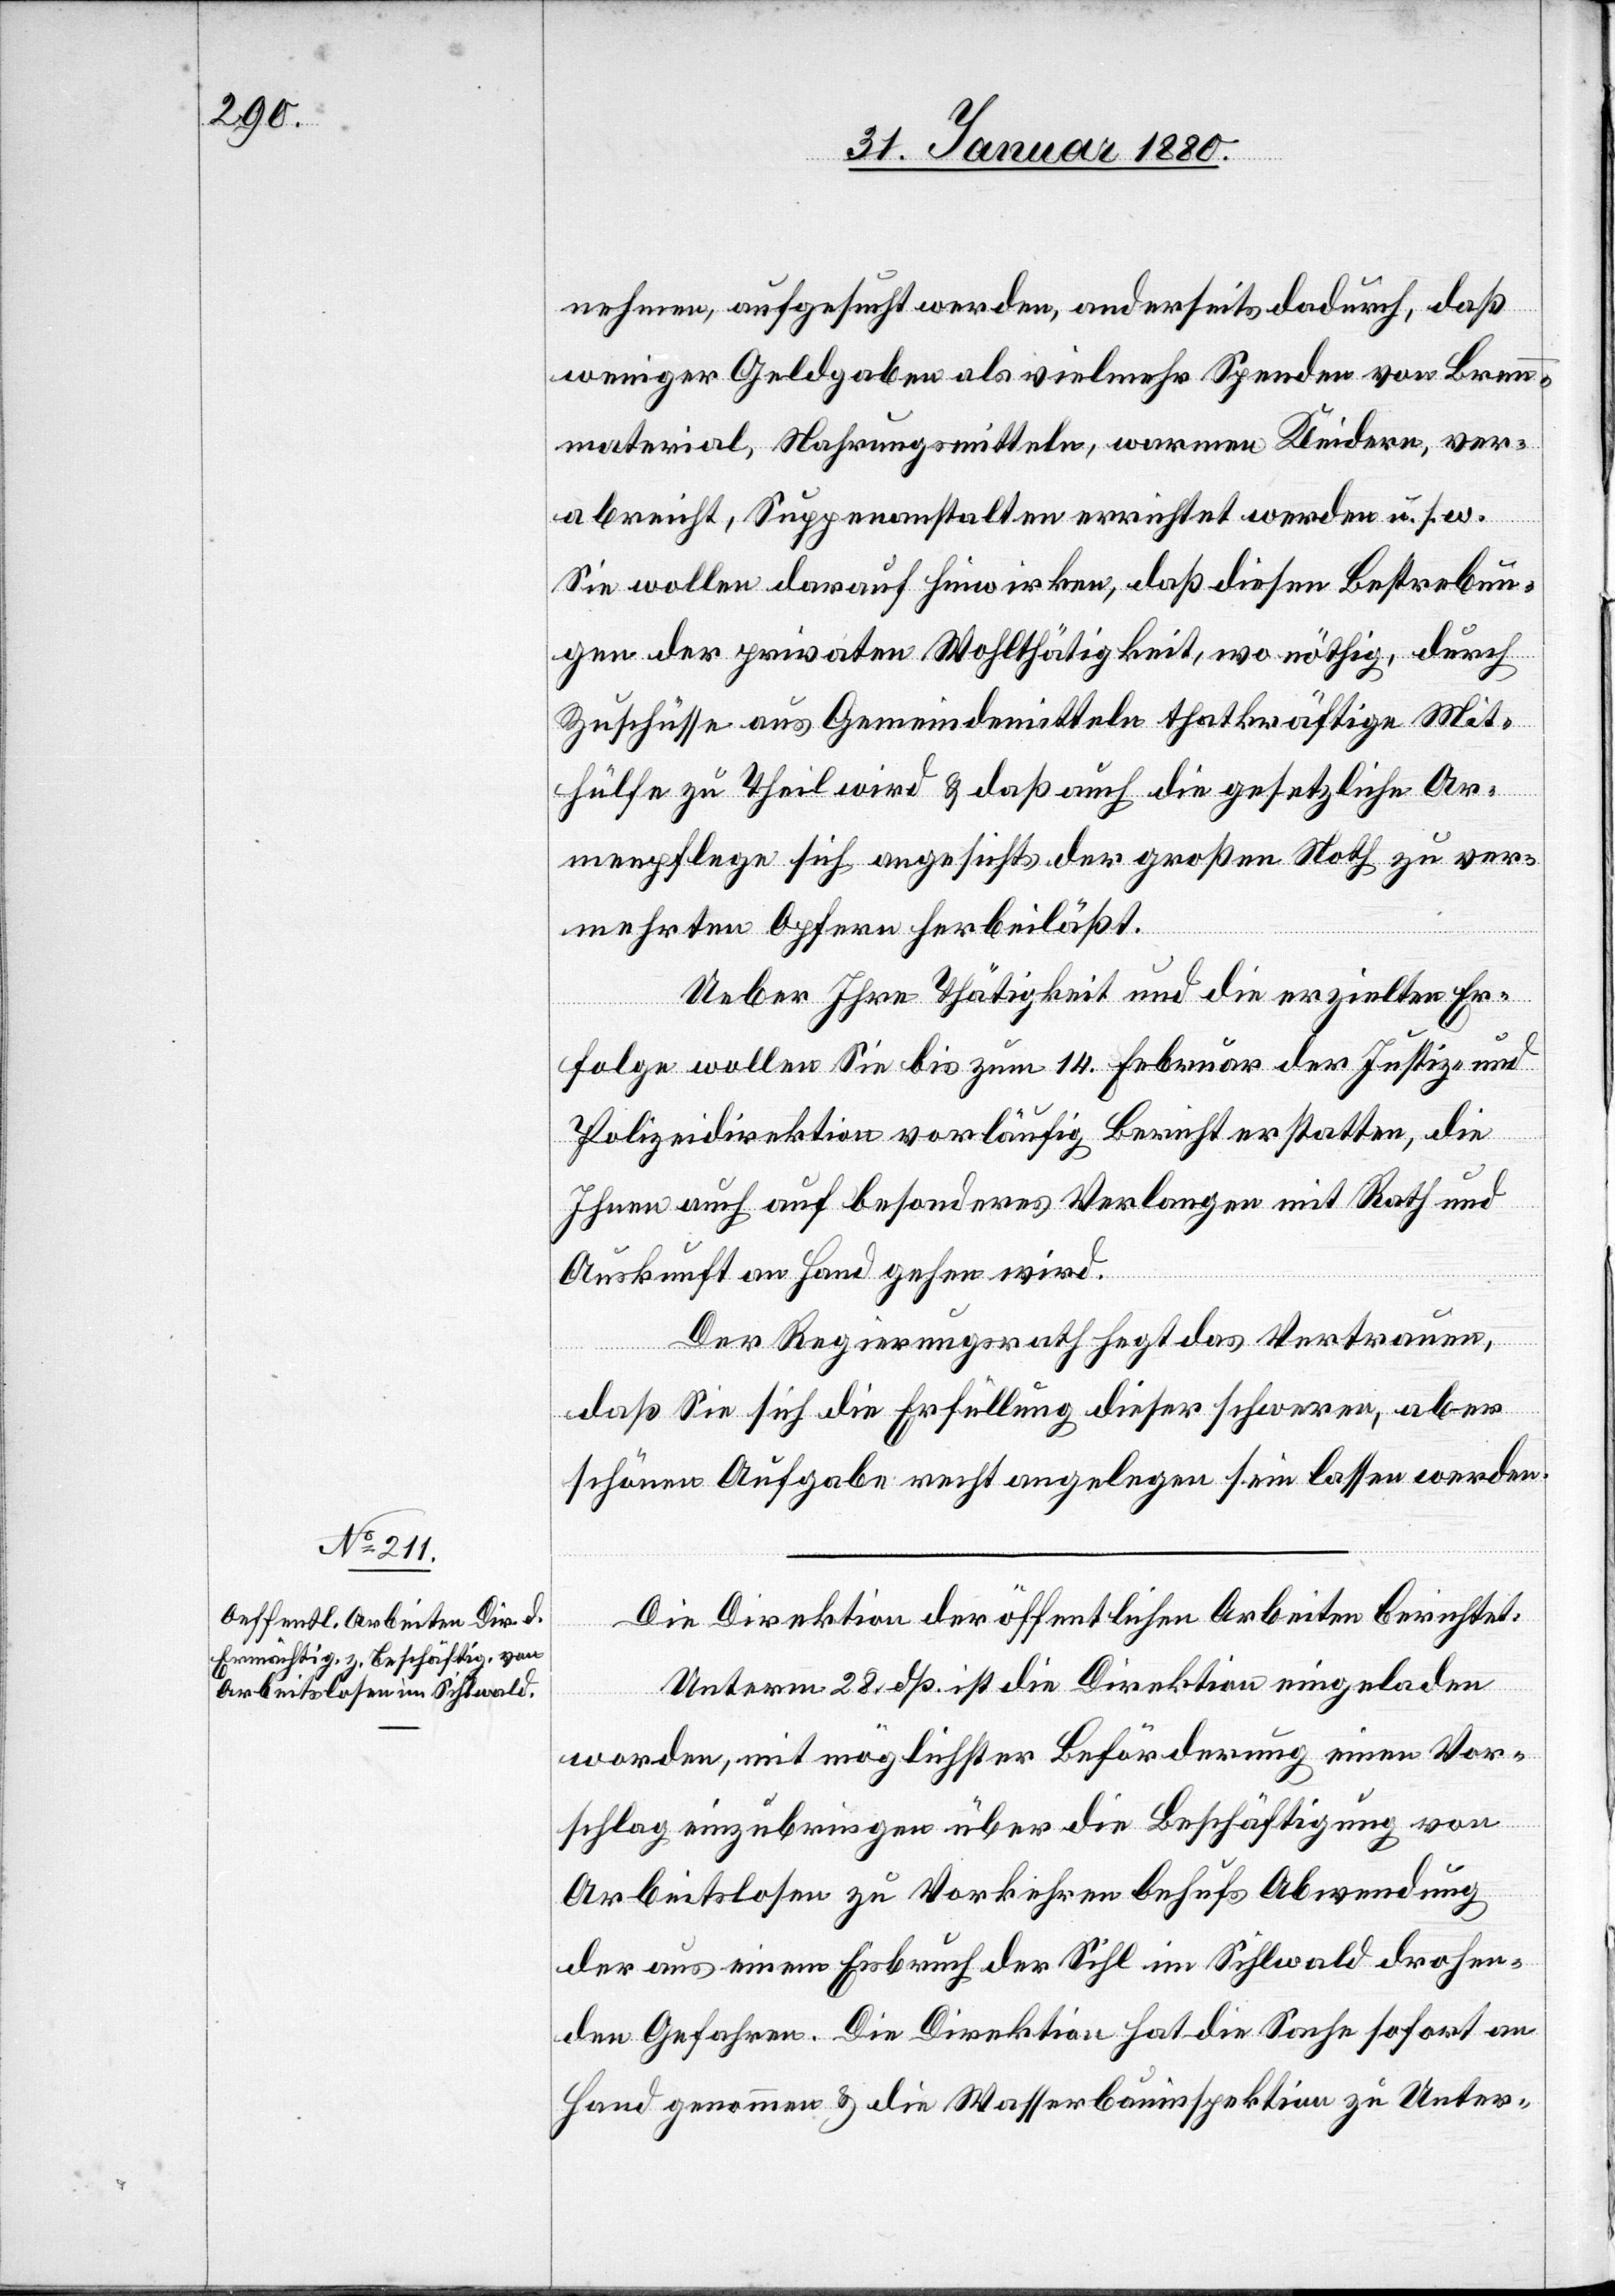
nehmen, aufgesucht werden, anderseits dadurch, daß
weniger Geldgaben als vielmehr Spenden von Brenn¬
material, Nahrungsmitteln, warmen Kleidern, ver¬
abreicht, Suppenanstalten errichtet werden u. s. w.
Sie wollen darauf hinwirken, daß diesen Bestrebun¬
gen der privaten Wohlthätigkeit, wo nöthig, durch
Zuschüsse aus Gemeindemitteln thatkräftige Mit¬
hülfe zu Theil wird & daß auch die gesetzliche Ar¬
menpflege sich angesichts der großen Noth zu ver¬
mehrten Opfern herbeiläßt.
Ueber Ihre Thätigkeit und die erzielten Er¬
folge wollen Sie bis zum 14. Februar der Justiz- &
Polizeidirektion vorläufig Bericht erstatten, die
Ihnen auch auf besonderes Verlangen mit Rath und
Auskunft an Hand gehen wird.
Der Regierungsrath hegt das Vertrauen,
daß Sie sich die Erfüllung dieser schweren, aber
schönen Aufgabe recht angelegen sein lassen werden.
Die Direktion der öffentlichen Arbeiten berichtet:
Unterm 28. dß. ist die Direktion eingeladen
worden, mit möglichster Beförderung einen Vor¬
schlag einzubringen über die Beschäftigung von
Arbeitslosen zu Vorkehren behufs Abwendung
der aus einem Eisbruch der Sihl im Sihlwald drohen¬
den Gefahren. Die Direktion hat die Sache sofort an
Hand genommen & die Wasserbauinspektion zu Unter-